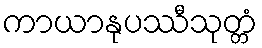
ကာယာနုပဿီသုတ္တံ